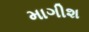
માગીશ